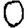
Digit: 0